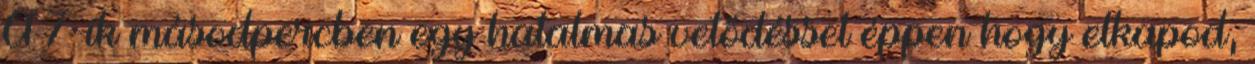
A 7-ik másodpercben egy hatalmas vetődéssel éppen hogy elkapod,